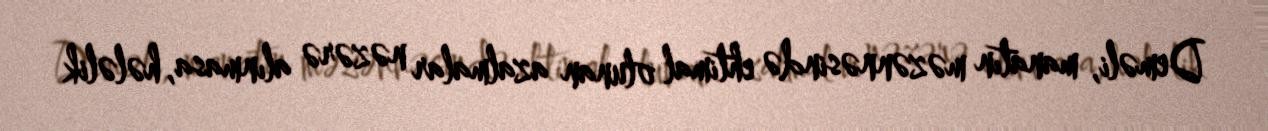
Deməli, manatın məzənnəsində ehtimal olunan azalmalar nəzərə alınmasa, hələlik